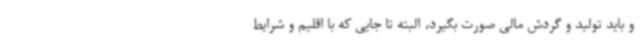
و باید تولید و گردش مالی صورت بگیرد، البته تا جایی که با اقلیم و شرایط